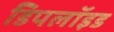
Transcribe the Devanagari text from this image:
डिपलॉइड